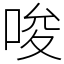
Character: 唆